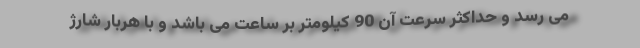
می رسد و حداکثر سرعت آن 90 کیلومتر بر ساعت می باشد و با هربار شارژ